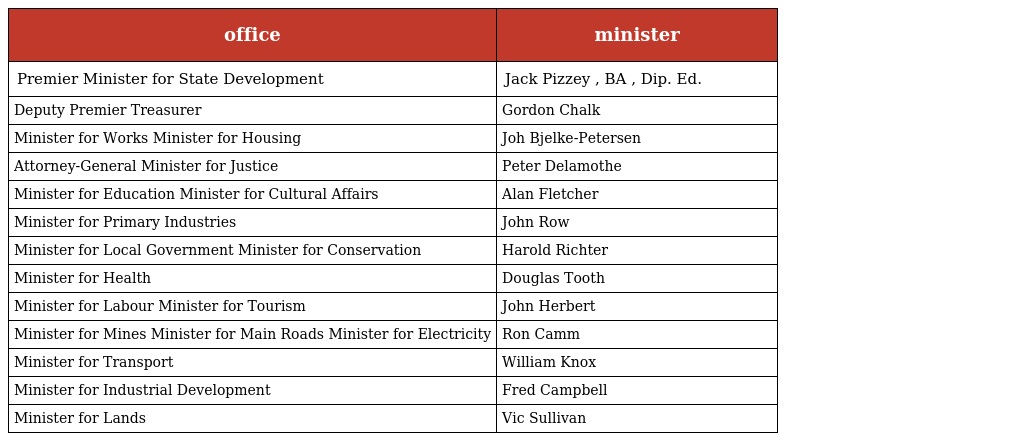
| office | minister |
 | --- | --- |
 | Premier Minister for State Development | Jack Pizzey , BA , Dip. Ed. |
 | Deputy Premier Treasurer | Gordon Chalk |
 | Minister for Works Minister for Housing | Joh Bjelke-Petersen |
 | Attorney-General Minister for Justice | Peter Delamothe |
 | Minister for Education Minister for Cultural Affairs | Alan Fletcher |
 | Minister for Primary Industries | John Row |
 | Minister for Local Government Minister for Conservation | Harold Richter |
 | Minister for Health | Douglas Tooth |
 | Minister for Labour Minister for Tourism | John Herbert |
 | Minister for Mines Minister for Main Roads Minister for Electricity | Ron Camm |
 | Minister for Transport | William Knox |
 | Minister for Industrial Development | Fred Campbell |
 | Minister for Lands | Vic Sullivan |